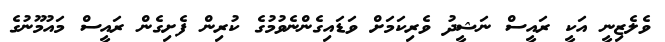
ވެލެޒިނީ އަކީ ރައީސް ނަޝީދު ވެރިކަމަށް ވަޑައިގެންނެވުމުގެ ކުރިން ފެށިގެން ރައީސް މައުމޫނުގެ